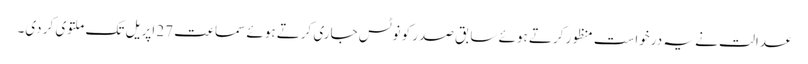
عدالت نے یہ درخواست منظور کرتے ہوئے سابق صدر کو نوٹس جاری کرتے ہوئے سماعت 27 اپریل تک ملتوی کر دی۔